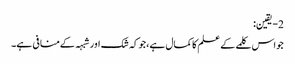
2- یقین:
جواس کلمے کے علم کاکمال ہے،جوکہ شک اورشبہہ کےمنافی ہے۔